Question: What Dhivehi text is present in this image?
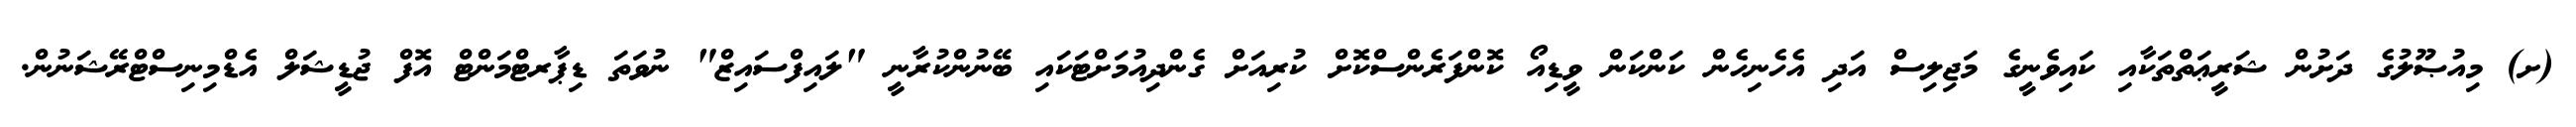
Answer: (ށ) މިއުޞޫލުގެ ދަށުން ޝަރީޢަތްތަކާއި ކައިވެނީގެ މަޖިލިސް އަދި އެހެނިހެން ކަންކަން ވީޑިއޯ ކޮންފަރެންސްކޮށް ކުރިއަށް ގެންދިއުމަށްޓަކައި ބޭނުންކުރާނީ "ލައިފްސައިޒް" ނުވަތަ ޑިޕާރޓްމަންޓް އޮފް ޖުޑީޝަލް އެޑްމިނިސްޓްރޭޝަނުން.